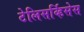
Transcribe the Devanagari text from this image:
टेलिसर्व्हिसेस